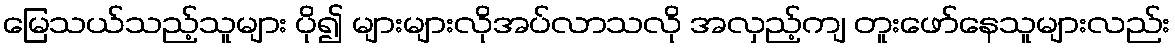
မြေသယ်သည့်သူများ ပို၍ များများလိုအပ်လာသလို အလှည့်ကျ တူးဖော်နေသူများလည်း